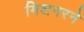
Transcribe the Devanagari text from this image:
मिशनरने